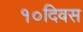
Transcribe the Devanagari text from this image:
१०दिवस